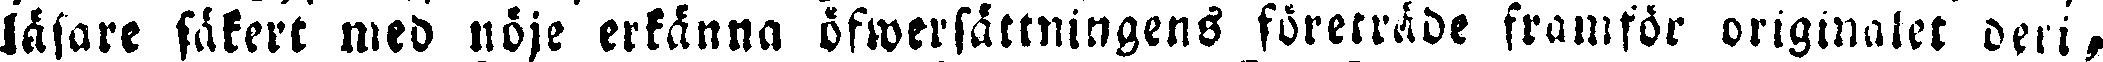
läsare säkert med nöje erkänna öfwersättningens företräde framför originalet deri,